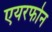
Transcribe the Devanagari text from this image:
एयरफोन